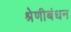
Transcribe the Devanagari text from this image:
श्रेणीबंधन